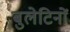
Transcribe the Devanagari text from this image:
बुलेटिनों